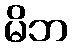
မိဘ